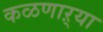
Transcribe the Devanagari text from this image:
कळणाऱ्या